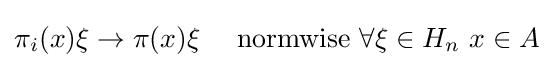
\pi _{i}(x)\xi \to \pi (x)\xi \quad {\mbox{ normwise }}\forall \xi \in H_{n}\ x\in A